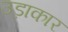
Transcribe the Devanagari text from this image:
उड़ाकार